Leaving Certificate Examination (including Day School Certificate (Higher) General paper), 1933
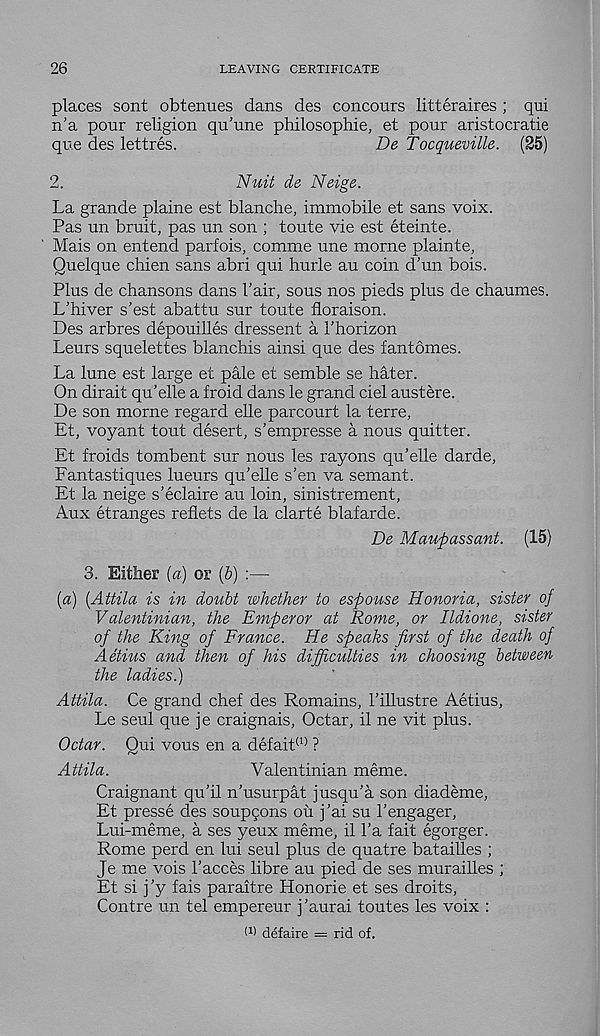
26
LEAVING CERTIFICATE
places sont obtenues dans des concours litteraires ; qui
n'a pour religion qu’une philosophie, et pour aristocratie
que des lettres.
De Tocqueville. (25)
2.
Nuit de Neige.
La grande plaine est blanche, immobile et sans voix.
Pas un bruit, pas un son ; toute vie est eteinte.
Mais on entend parfois, comme une morne plainte,
Quelque chien sans abri qui hurle au coin d’un bois.
Plus de chansons dans Fair, sous nos pieds plus de chaumes.
L’hiver s’est abattu sur toute floraison.
Des arbres depouilles dressent a 1’horizon
Leurs squelettes blanchis ainsi que des fantomes.
La lune est large et pale et semble se hater.
On dirait qu’elle a froid dans le grand del austere.
De son morne regard elle parcourt la terre,
Et, voyant tout desert, s’empresse a nous quitter.
Et froids tombent sur nous les rayons qu’elle darde,
Fantastiques lueurs qu’elle s’en va semant.
Et la neige s’eclaire au loin, sinistrement,
Aux etranges reflets de la clarte blafarde.
De Maupassant. (15)
3. Either [a) or (b) :—
[a] (Attila is in doubt whether to espouse Honoria, sister of
Valentinian, the Emperor at Rome, or Ildione, sister
of the King of France. He speaks first of the death of
Aetius and then of his difficulties in choosing between
the ladies.)
Attila. Ce grand chef des Remains, 1’illustre Aetius,
Le seul que je craignais, Octar, il ne vit plus.
Octar. Qui vous en a defait (l) ?
Attila.
Valentinian meme.
Craignant qu’il n’usurpat jusqu’a son diademe,
Et presse des soupgons ou j’ai su 1’engager,
Lui-meme, a ses yeux meme, il l’a fait egorger.
Rome perd en lui seul plus de quatre batailles ;
Je me vois Faeces fibre au pied de ses murailles ;
Et si j’y fais paraitre Honorie et ses droits,
Centre un tel empereur j’aurai toutes les voix :
I 1 ' defaire = rid of.